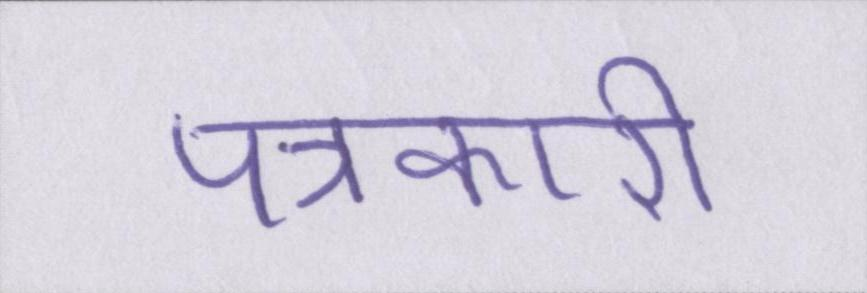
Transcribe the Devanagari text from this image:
पत्रकारी